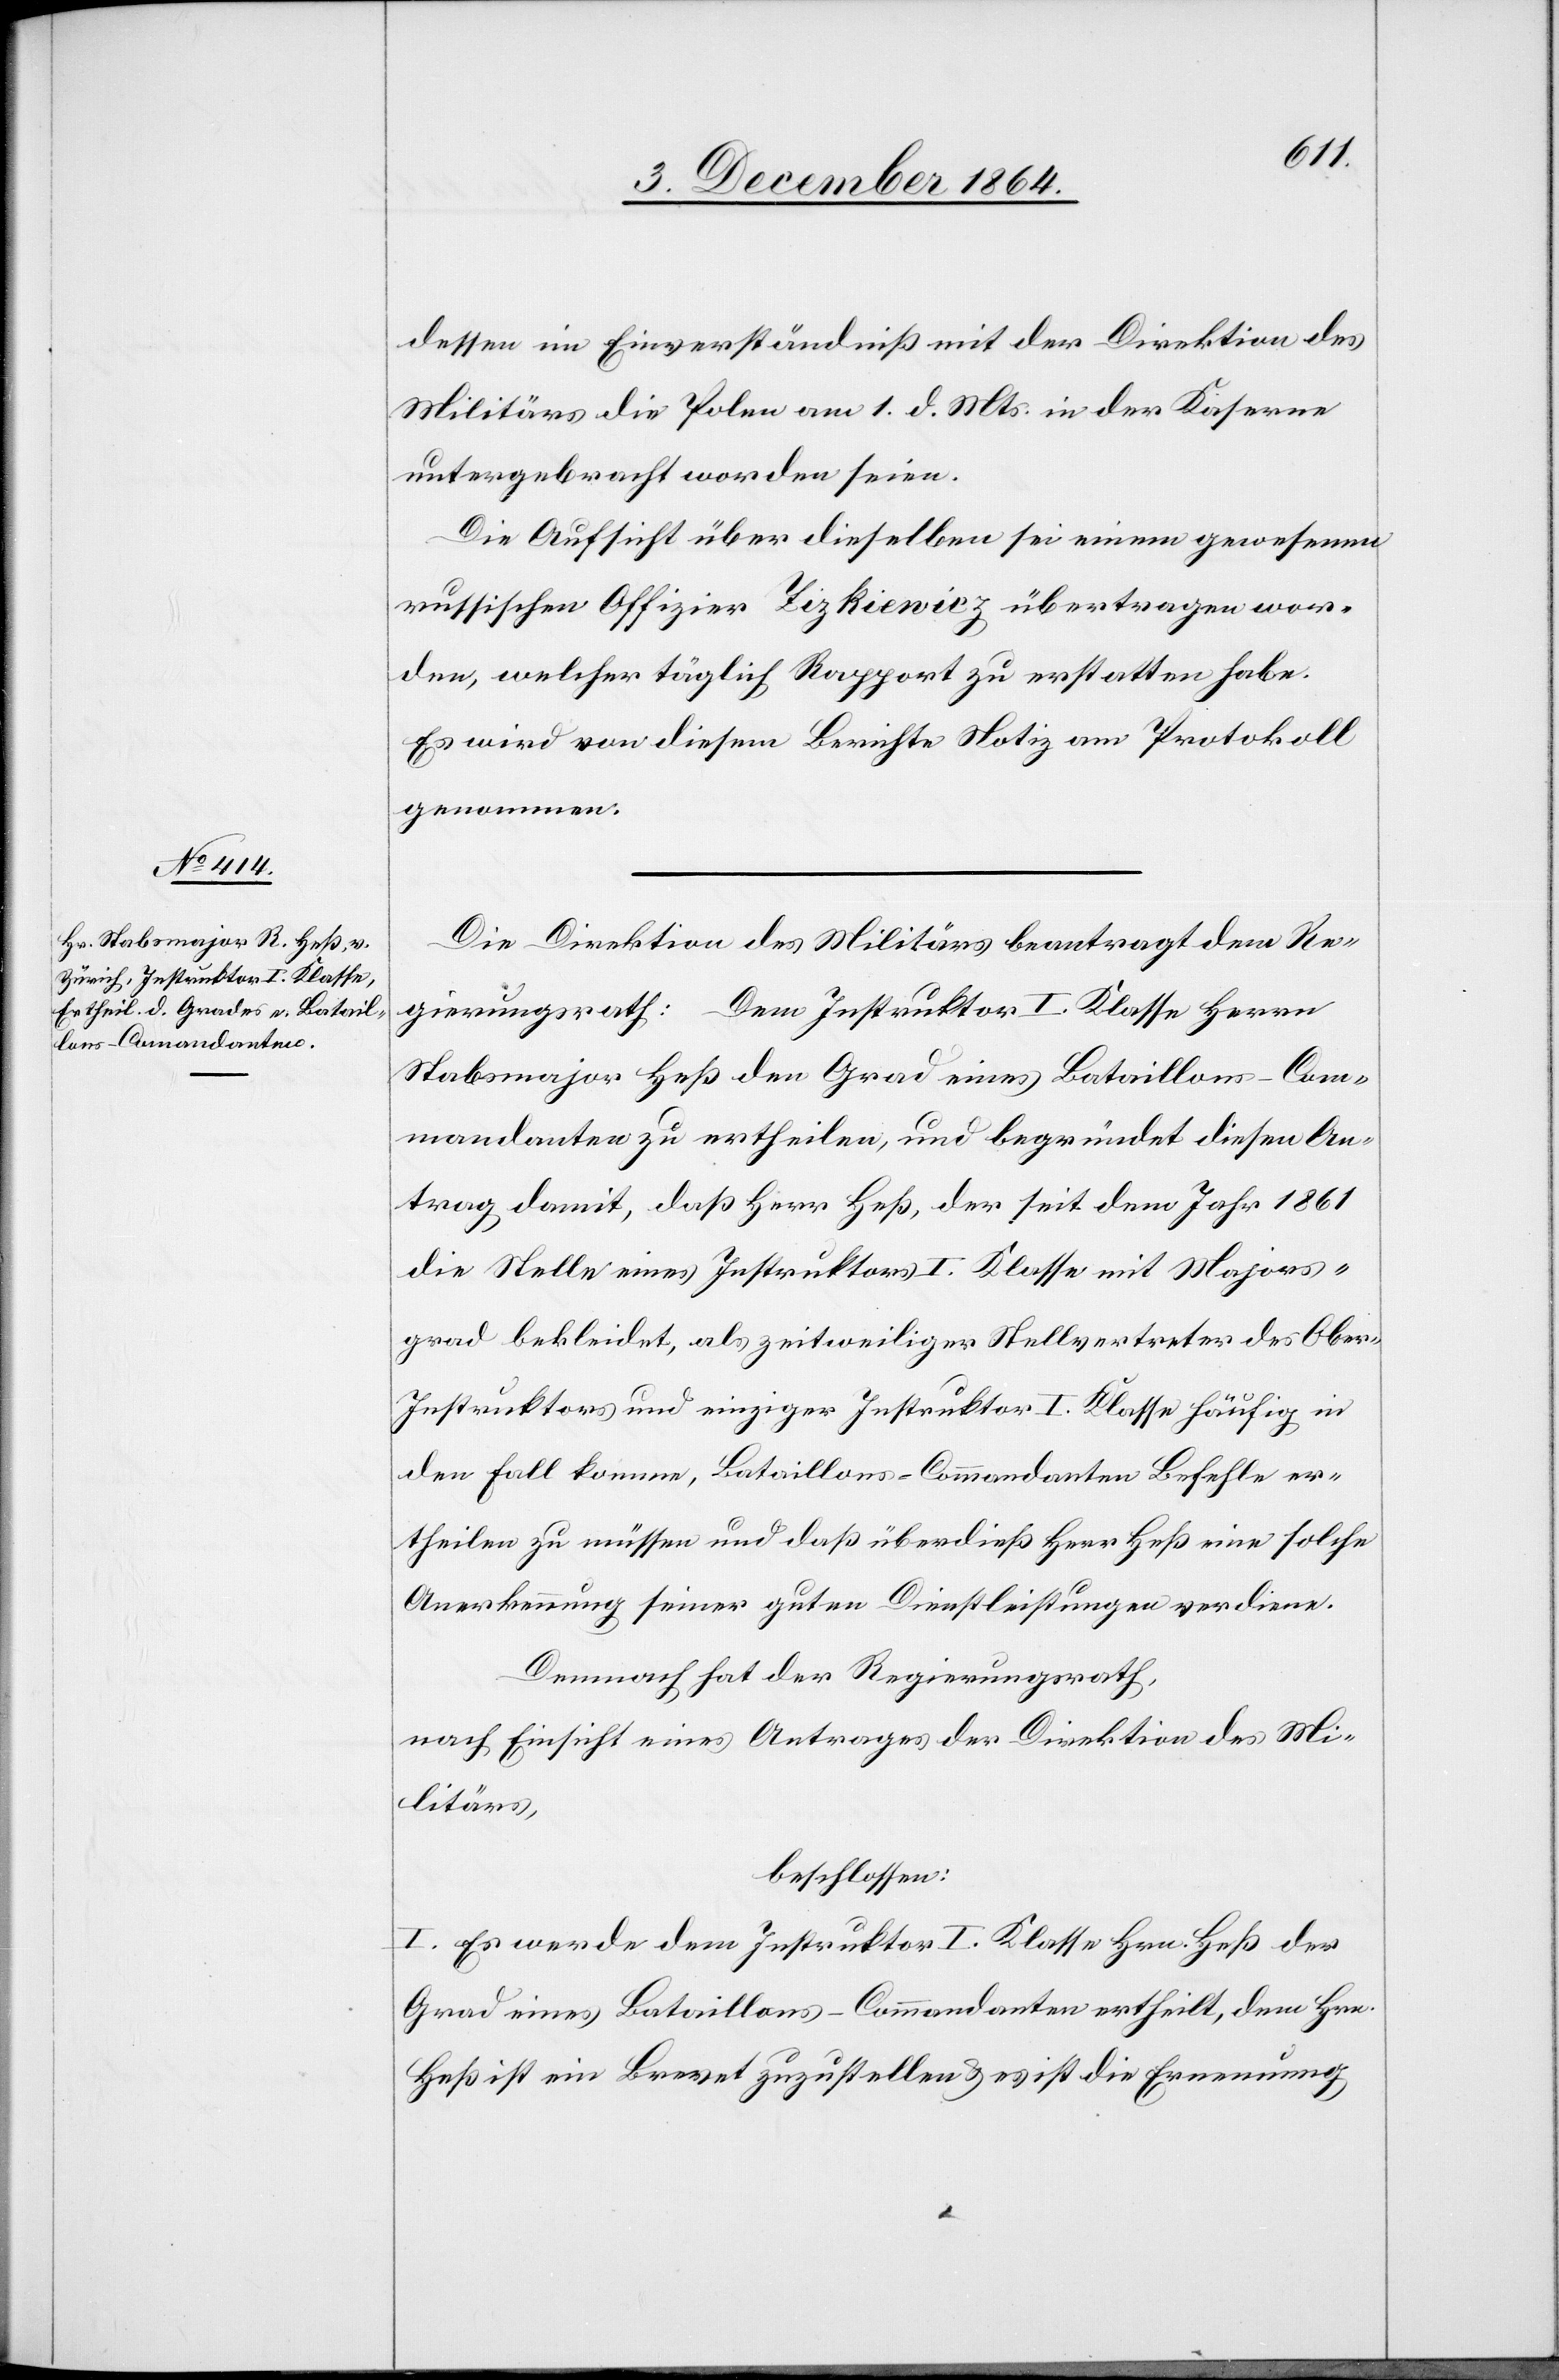
dessen im Einverständniß mit der Direktion des
Militärs die Polen am 1. d. Mts. in der Kaserne
untergebracht worden seien.
Die Aufsicht über dieselben sei einem gewesenen
russischen Offizier Zizkiewicz übertragen wor¬
den, welcher täglich Rapport zu erstatten habe.
Es wird von diesem Berichte Notiz am Protokoll
genommen.
Die Direktion des Militärs beantragt dem Re¬
gierungsrath: Dem Instruktor I. Klasse Herrn
Stabsmajor Heß den Grad eines Bataillons-Com¬
mandanten zu ertheilen, und begründet diesen An¬
trag damit, daß Herr Heß, der seit dem Jahr 1861
die Stelle eines Instruktors I. Klasse mit Majors¬
grad bekleidet, als zeitweiliger Stellvertreter des Ober-I¬
nstruktors und einziger Instruktor I. Klasse häufig in
den Fall komme, Bataillons-Commandanten Befehle er¬
theilen zu müssen und daß überdieß Herr Heß eine solche
Anerkennung seiner guten Dienstleistungen verdiene.
Demnach hat der Regierungsrath,
nach Einsicht eines Antrages der Direktion des Mi¬
litärs,
beschlossen:
I. Es werde dem Instruktor I. Klasse Hrn. Heß der
Grad eines Bataillons-Commandanten ertheilt, dem Hrn.
Hess ist ein Brevet zuzustellen & es ist die Ernennung